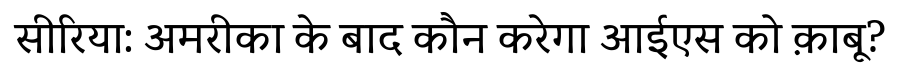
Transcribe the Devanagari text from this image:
सीरिया: अमरीका के बाद कौन करेगा आईएस को क़ाबू?